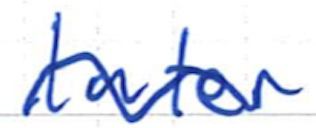
Text: later
Cross-out: wave
Writing tool: ballpoint